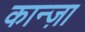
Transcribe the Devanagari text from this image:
कान्ज़ा